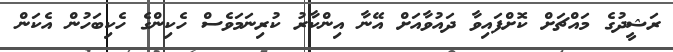
ރަޝީދުގެ މައްޗަށް ކޮށްފައިވާ ދައުވާއަށް އޭނާ އިންކާރު ކުރިނަމަވެސް ހެކިންގެ ހެކިބަހުން އެކަން